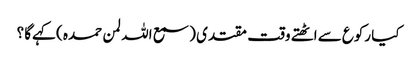
کیا رکوع سے اٹھتے وقت مقتدی ( سمع اللہ لمن حمدہ ) کہےگا ؟